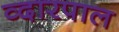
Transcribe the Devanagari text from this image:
व्दारपाल